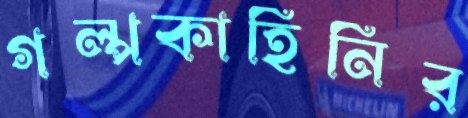
গল্পকাহিনির